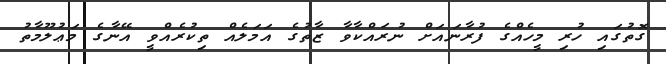
ގޮތުގައި ހުރި މީހެއްގެ ފުރާނައަށް ނުރައްކާވާ ޒާތުގެ އަމަލެއް ތިކުރެއްވީ އޭނާގެ މަޢުލޫމާތު